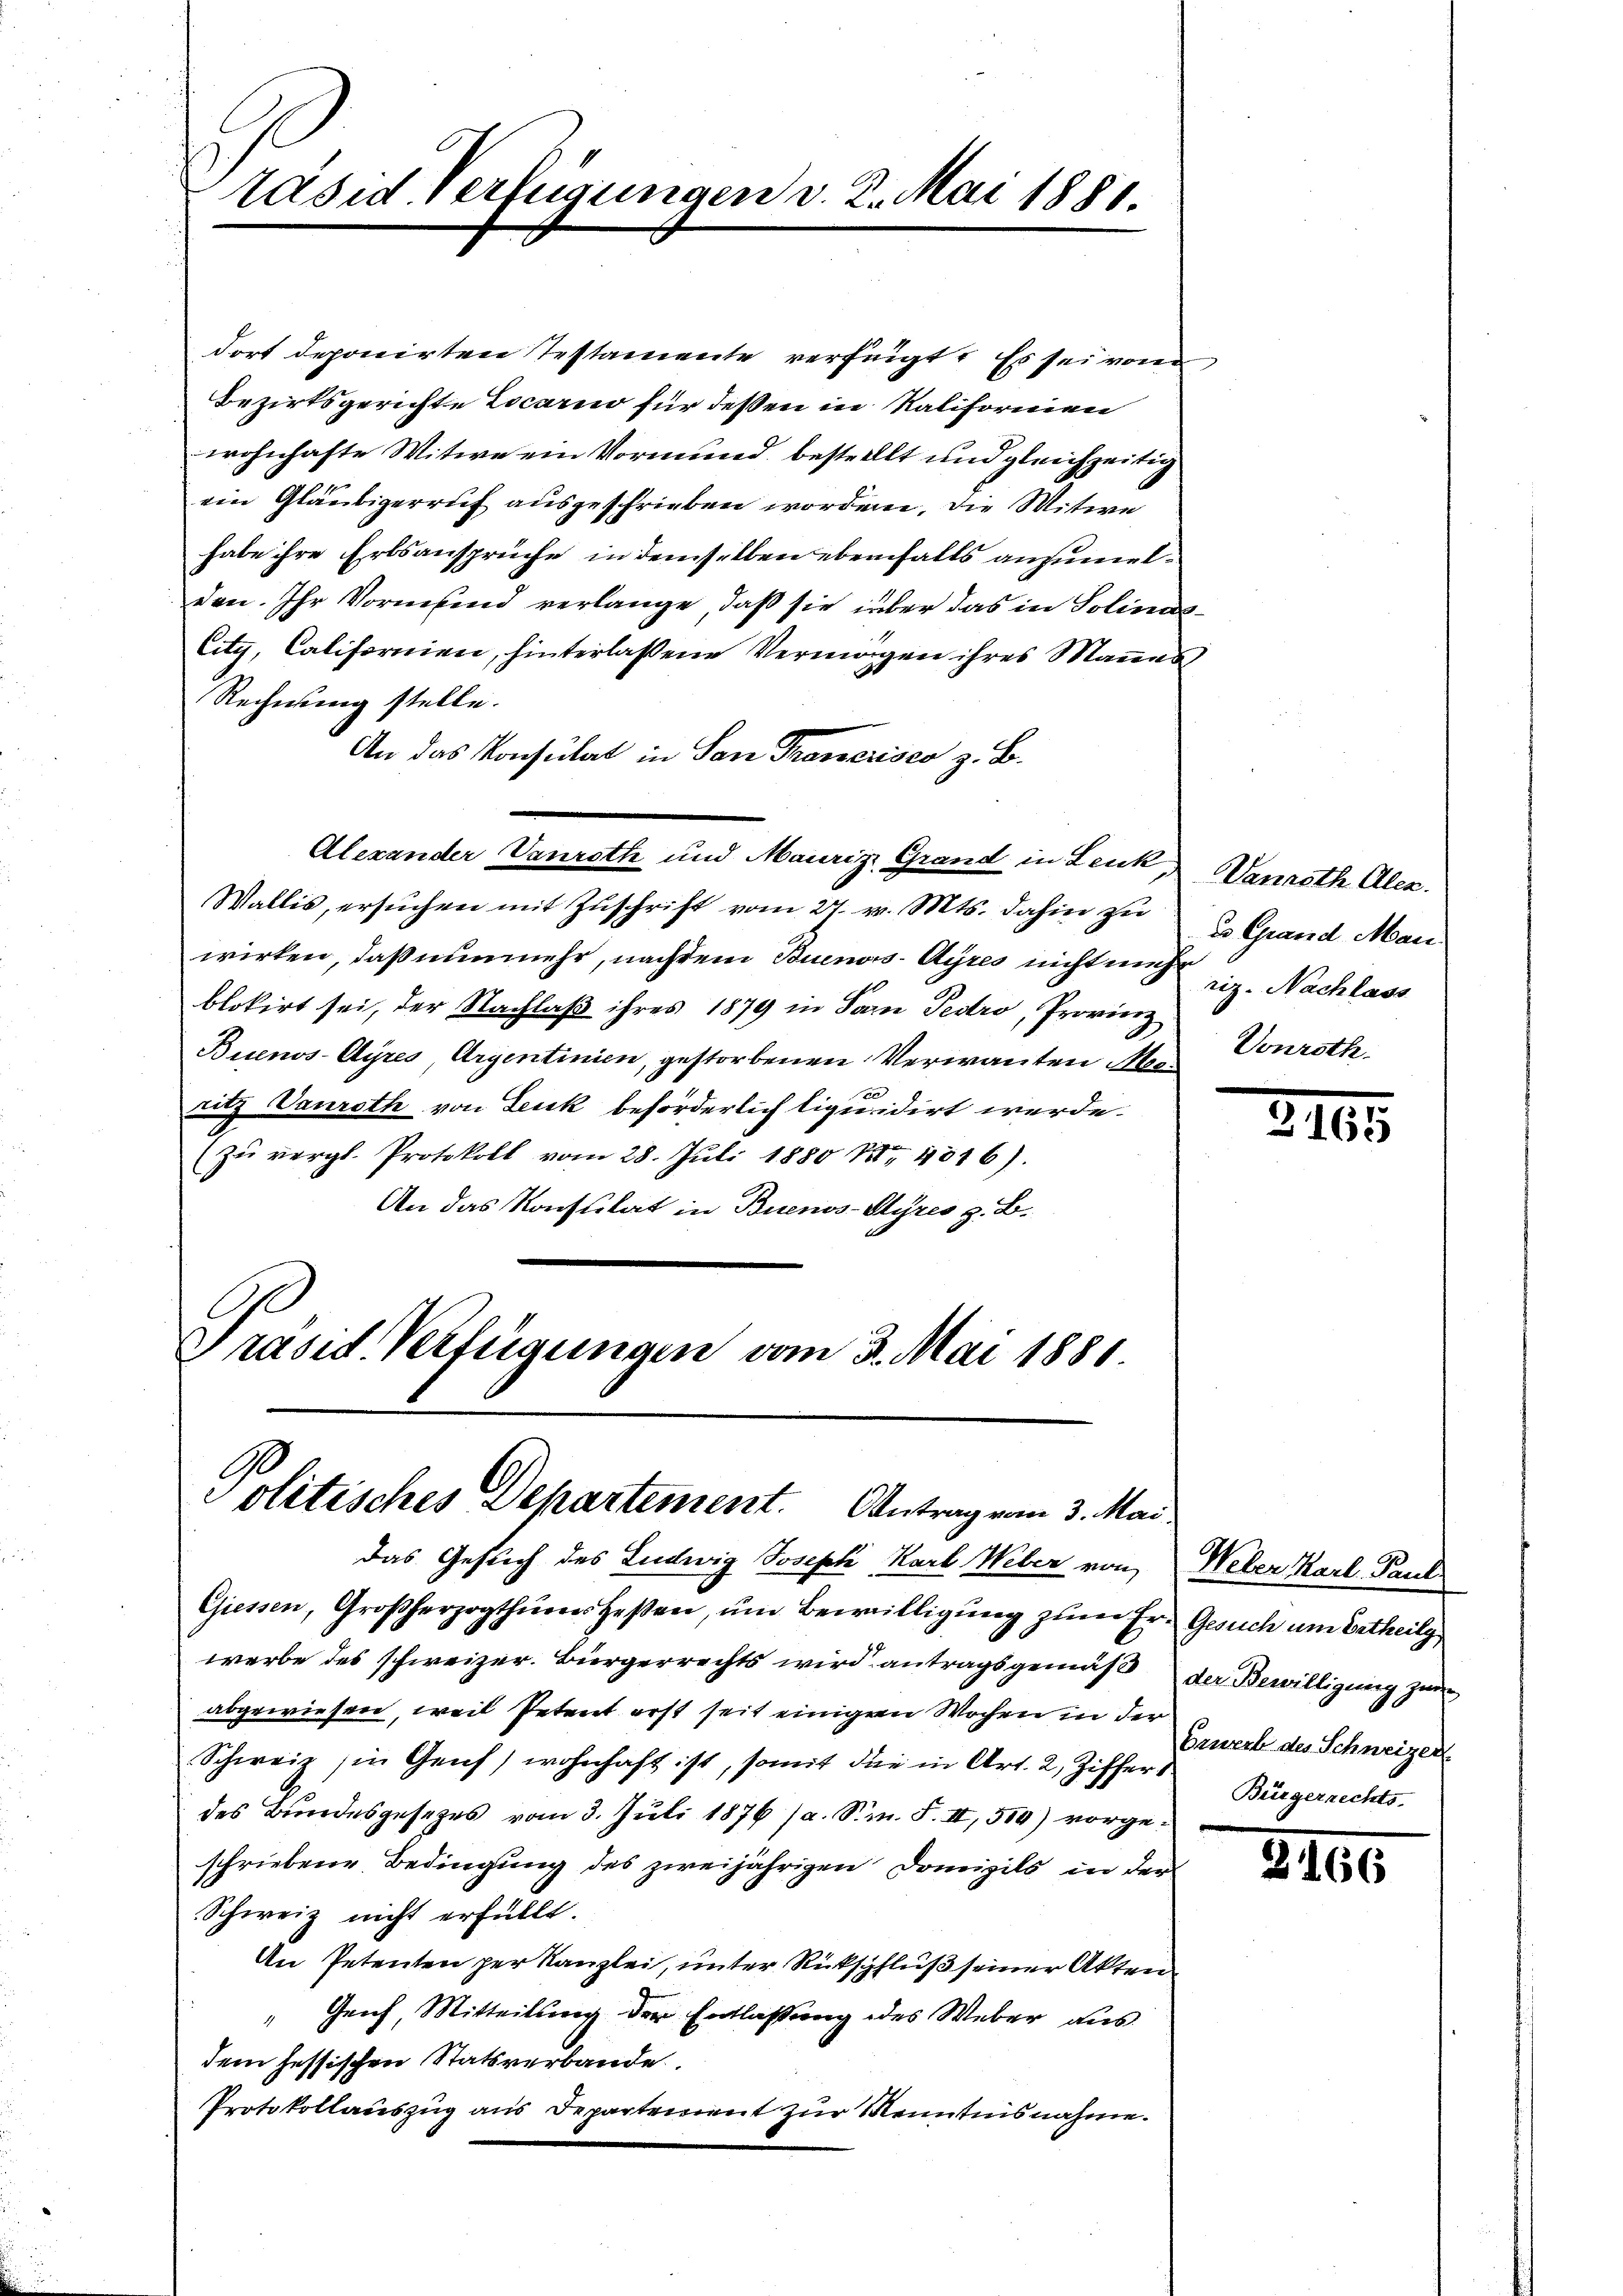
räsid. Verfügungen v. 2. Mai 1881.

dort deponirten Testamente verfügt. Es sei vom
Bezirksgerichte Locari für deßen in Kaliformen
wohnhafte Witwe ein Vormund bestellt und gleichzeitig
ein Gläubigerruf ausgeschrieben worden. Die Witwe
habe ihre Erbsansprüche in demselben ebenfalls anzumelden. Ihr Vormund verlange, daß sie über das in Solinas¬
City, Californien, hinterlassene Vermögen ihres Mannes
Rechnung stelle.
An das Konsulat in San Franerisco z. B.
Alexander Vanroth und Mauriz Grand in Leuk, Vanroth Alex.
Wallis, ersŭchen mit Zŭschrift vom 27. v. Mts. dahin zŭ u. Grand Man
wirken, daß nunmehr, nachdem Buenos-Ayres nicht mehr. Nachlass
blokirt sei, der Nachlaß ihres 1879 in Sarn Pedro, Provinz
Buenos-Ayres Argentinien, gestorbenen Verwanten Meiritz Vanroth von Leuk beförderlich liquidirt werde.
zŭ vergl. Protokoll vom 28. Jŭli 1880 Nr. 4016).
An das Konsultat in Buenos-Ayres z. B.
Präsid. Verfügungen vom 3. Mai 1881.

Politisches Departement. Antrag vom 3. Mai

Das Gesuch des Ludwig Joseph Karl Weber von Weber Karl Paul
Giessen, Großherzogthums Heßen, ŭm Bewilligŭng zum Er- Gesuch um Ertheilg
werbe des schweizer. Bürgerrechts wird antragsgemäß der Bewilligung zur
abgewiesen, weil Petent erst seit einigen Wochen in der
Schweiz in Genf) wohnhaft ist, somit die in Art. 2, Ziffers.
des Bundesgesetzes vom 3. Juli 1876 (a. S. S. II, 500) vorgeschriebene Bedingung des zweijährigen Domizils in der
Schweiz nicht erfüllt.
An Petenten per Kanzlei, unter Rückschluß seiner Akten
" Genf, Mitteilung der Entlassung des Weber aus
dem hessischen Statsverbande
Protokollauszug aus Departement zur Kenntnisnahme.

Vonroth

2105

Erwerb des Schweizer
Bürgerrechts-

2166